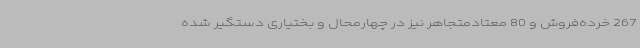
267 خرده‌فروش و 80 معتادمتجاهر نیز در چهارمحال و بختیاری دستگیر شده